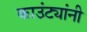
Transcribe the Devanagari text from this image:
काउंट्यांनी